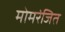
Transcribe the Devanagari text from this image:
मोमरंजित